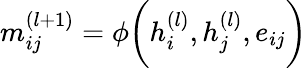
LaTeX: m_{ij}^{(l+1)}=\phi\bigg(h_{i}^{(l)},h_{j}^{(l)},e_{ij}\bigg)